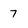
Character: 7